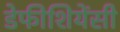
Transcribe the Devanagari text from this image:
डेफीशियेंसी